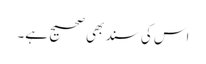
اس کی سند بھی صحیح ہے۔